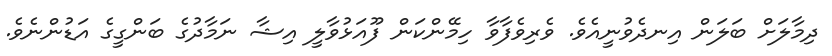
ދިމާލަށް ބަލަން އިނދެވުނީއެވެ. ވެރިވެފާވާ ހިމޭންކަން ފޫއަޅުވާލީ އިޝާ ނަމާދުގެ ބަންގީގެ އަޑުންނެވެ.